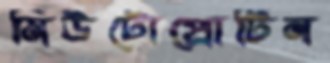
মিউটোপ্রোটিন